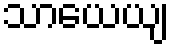
သာယေယျ